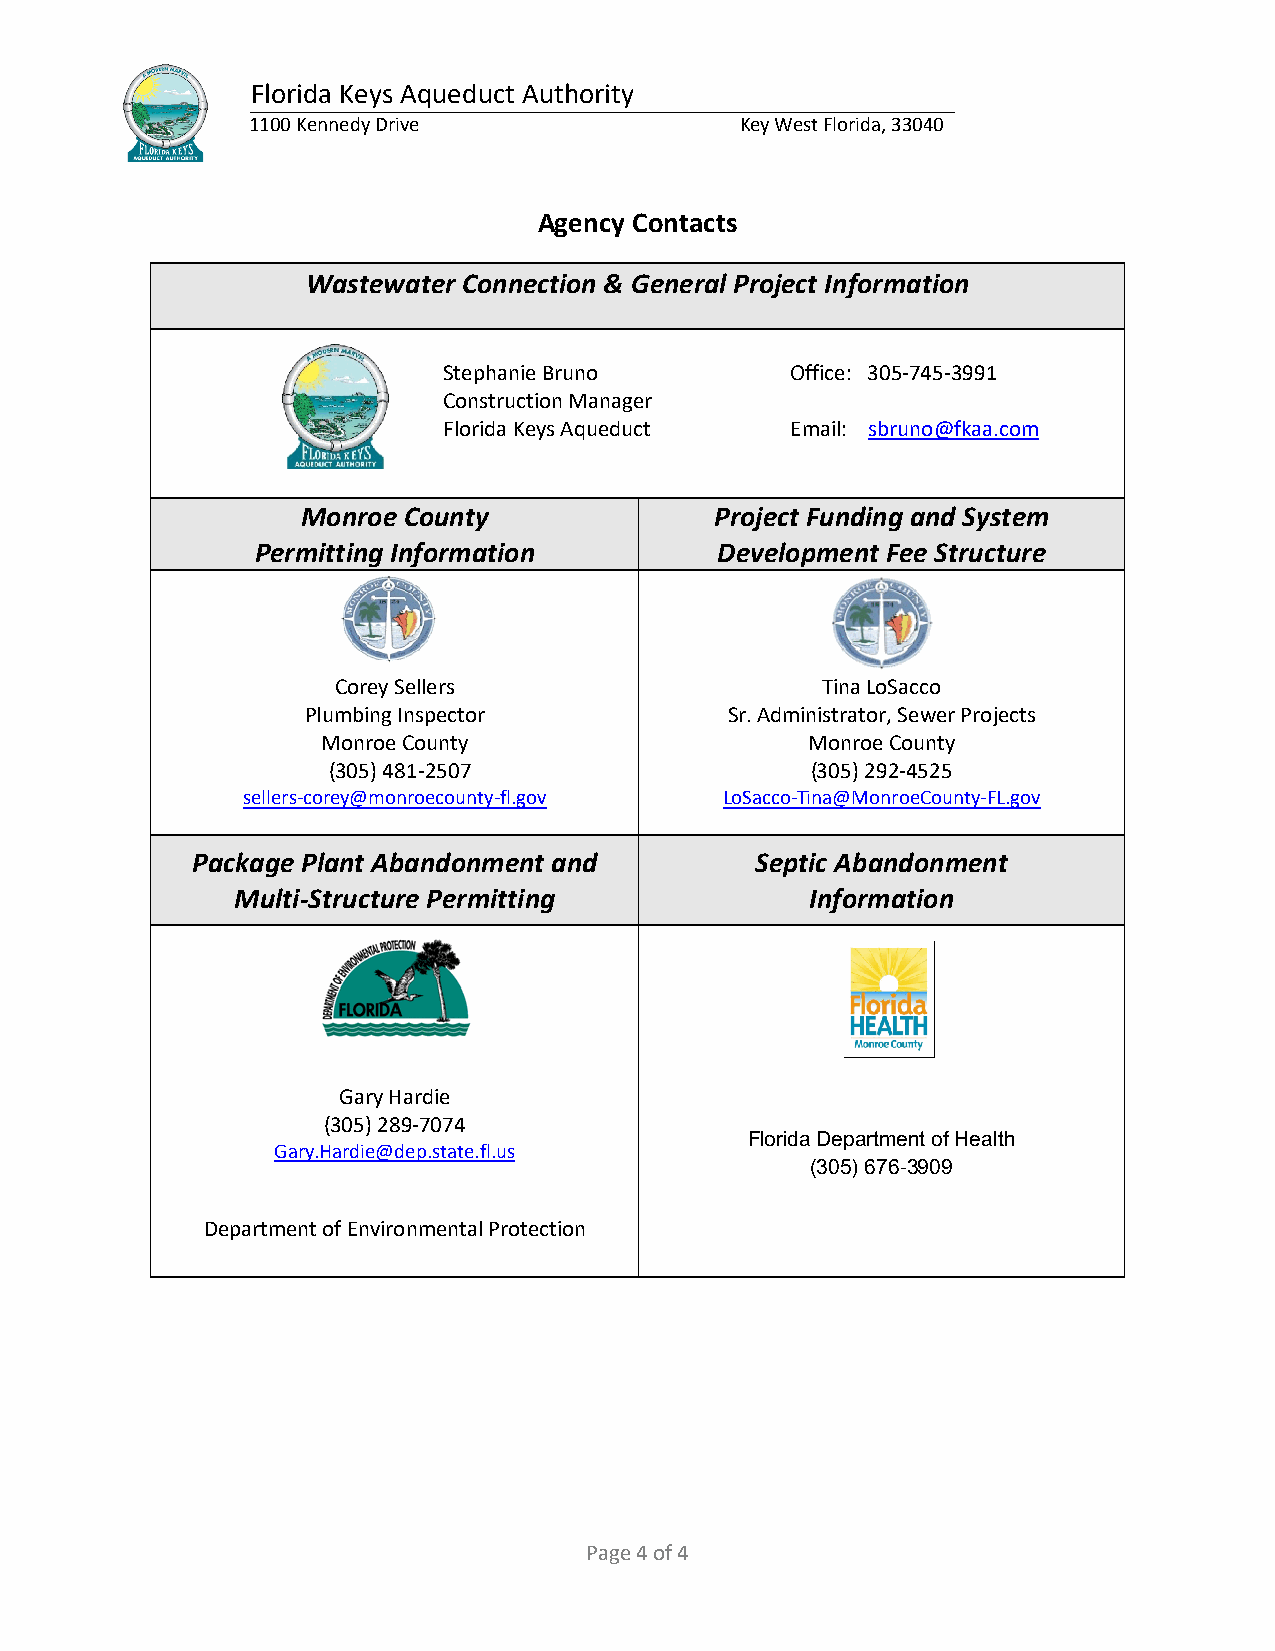
Florida Keys Aqueduct Authority
 1100 Kennedy Drive              Key West Florida, 33040
 Agency Contacts
 Wastewater Connection & General Project Information
 Stephanie Bruno        Office: 305-745-3991
 Construction Manager
 Florida Keys Aqueduct  Email: sbruno@fkaa.com
 Monroe County              Project Funding and System
 Permitting Information        Development Fee Structure
 Corey Sellers                   Tina LoSacco
 Plumbing Inspector          Sr. Administrator, Sewer Projects
 Monroe County                    Monroe County
 (305) 481-2507                  (305) 292-4525
 sellers-corey@monroecounty-fl.gov LoSacco-Tina@MonroeCounty-FL.gov
 Package Plant Abandonment and        Septic Abandonment
 Multi-Structure Permitting            Information
 Gary Hardie
 (305) 289-7074
 Florida Department of Health
 Gary.Hardie@dep.state.fl.us
 (305) 676-3909
 Department of Environmental Protection
 Page 4 of 4